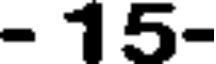
- 15-